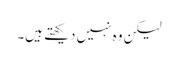
لیکن وہ نہیں دیکھتے ہیں۔